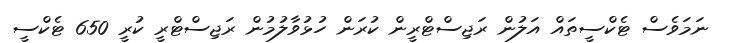
ނަމަވެސް ޓެކްސީތައް އަލުން ރަޖިސްޓްރީން ކުރަން ހުޅުވާލުމުން ރަޖިސްޓްރީ ކުރީ 650 ޓެކްސީ